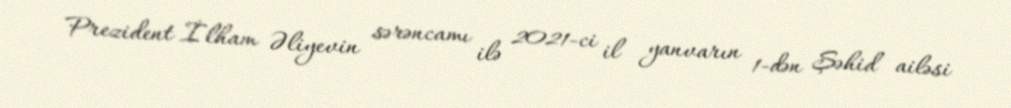
Prezident İlham Əliyevin sərəncamı ilə 2021-ci il yanvarın 1-dən Şəhid ailəsi